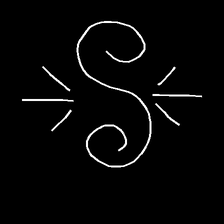
Glyph: wind-directs-air